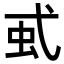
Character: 𧈱